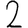
Digit: 2